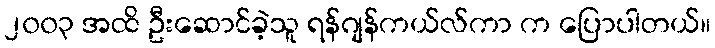
၂၀၀၃ အထိ ဦးဆောင်ခဲ့သူ ရန်ဂျန်ကယ်လ်ကာ က ပြောပါတယ်။